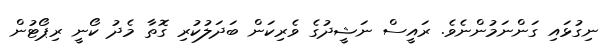
ނިގުޅައި ގަންނަމުންނެވެ. ރައީސް ނަޝީދުގެ ވެރިކަން ބަދަލުކުރި ގޮތާ މެދު ކޯނީ ރިޕޯޓުން